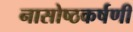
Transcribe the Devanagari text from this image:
नासोष्ठकर्षणी